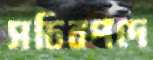
সচিবপদে